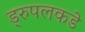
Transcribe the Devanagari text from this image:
ड्रुपलकडे